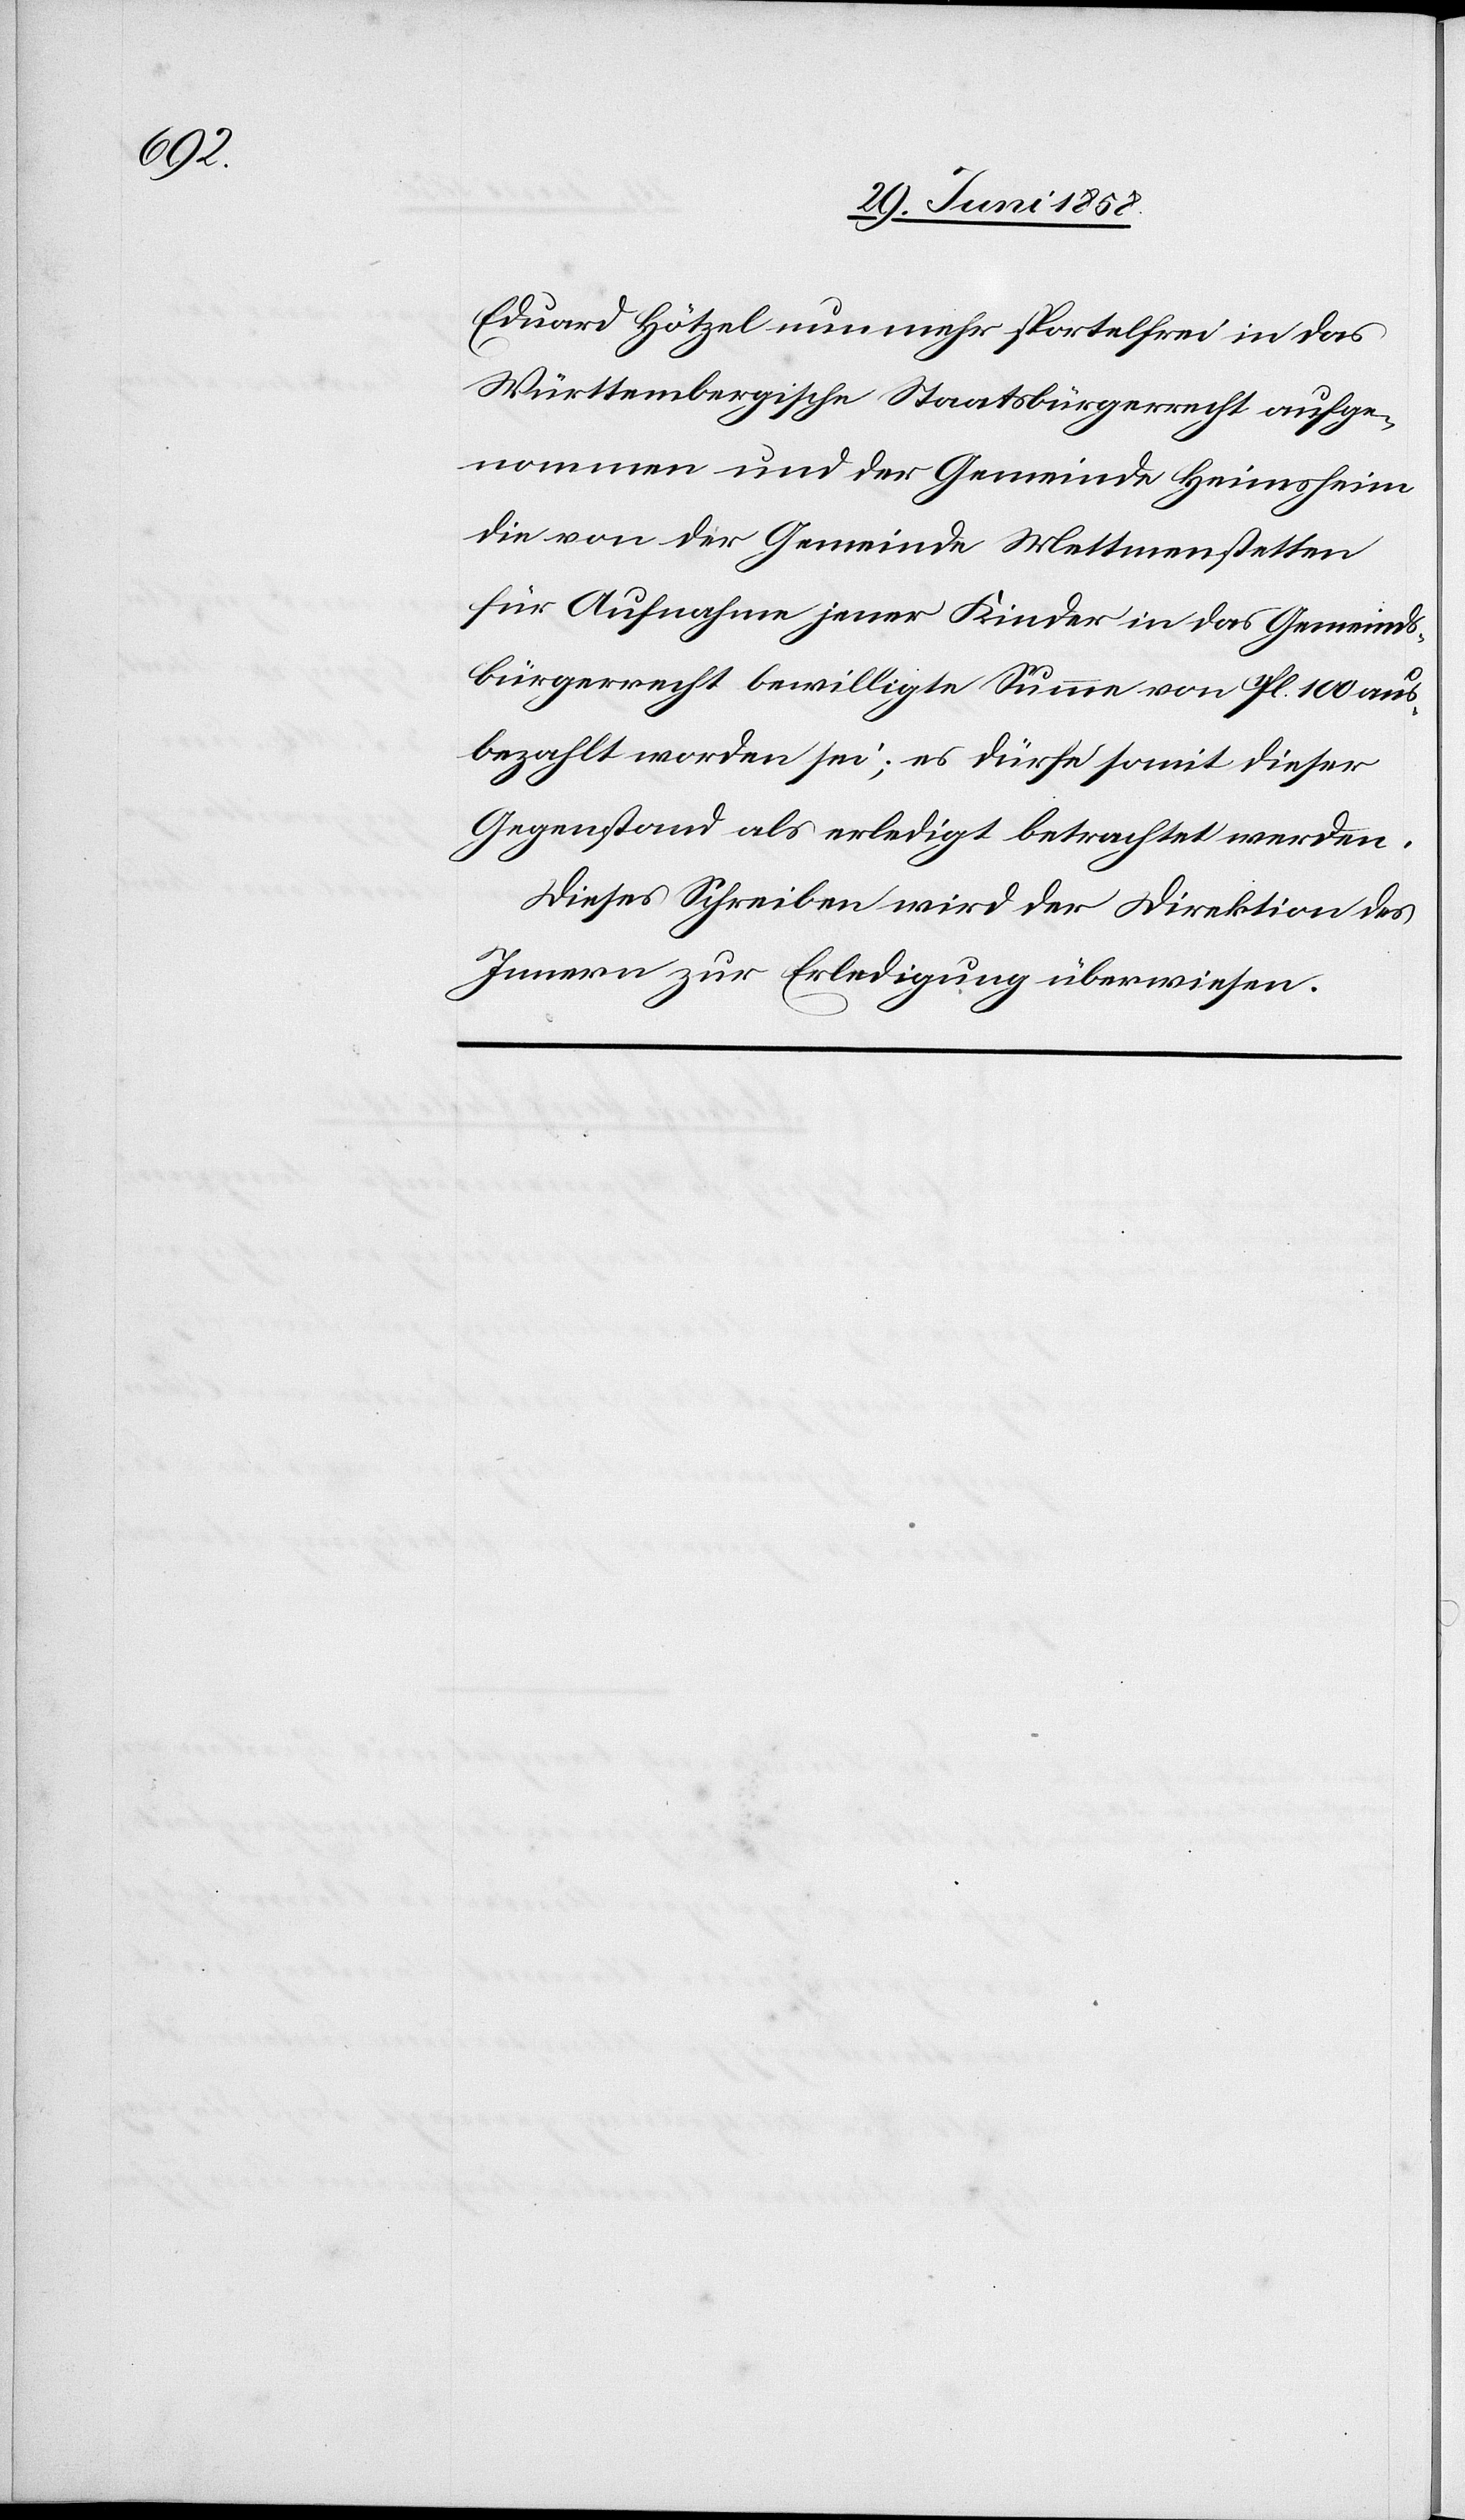
Eduard Hötzel nunmehr sportelfrei in das
Württembergische Staatsbürgerrecht aufge¬
nommen und der Gemeinde Heimsheim
die von der Gemeinde Mettmenstetten
für Aufnahme jener Kinder in das Gemeinds¬
bürgerrecht bewilligte Summe von 11fl. 100 aus¬
bezahlt worden sei; es dürfe somit dieser
Gegenstand als erledigt betrachtet werden.
Dieses Schreiben wird der Direktion des
Innern zur Erledigung überwiesen.